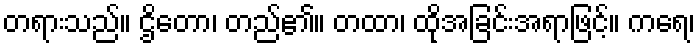
တရားသည်။ ဌိတော၊ တည်၏။ တထာ၊ ထိုအခြင်းအရာဖြင့်။ ကရေ၊